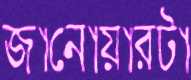
জানোয়ারটা